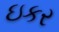
ઇકર